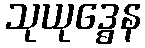
သုယုဒ္ဓေန